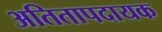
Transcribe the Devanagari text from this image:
अतितापदायक